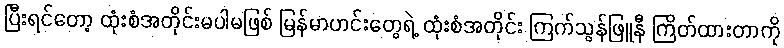
ပြီးရင်တော့ ထုံးစံအတိုင်းမပါမဖြစ် မြန်မာဟင်းတွေရဲ့ ထုံးစံအတိုင်း ကြက်သွန်ဖြူနီ ကြိတ်ထားတာကို